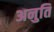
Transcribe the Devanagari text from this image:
अनुति